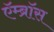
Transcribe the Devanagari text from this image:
ऍम्ब्रॉस